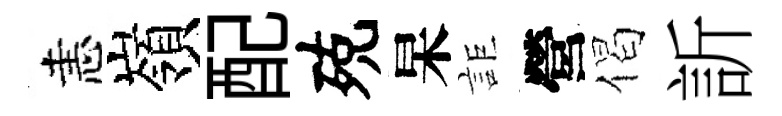
恚嶺配殑杲詎營偈訢